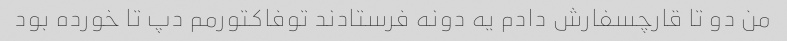
من دو تا قارچسفارش دادم یه دونه فرستادند تو‌فاکتورمم دپ تا خورده بود